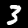
Digit: 3